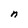
Character: n